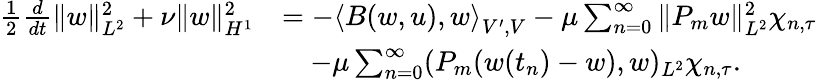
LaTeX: \begin{array}{rl}{\frac{1}{2}\frac{d}{dt}\| w\| _{L^{2}}^{2}+\nu\| w\| _{H^{1}}^{2}}&{=-\left<B(w,u),w\right>_{V^{\prime},V}-\mu\sum_{n=0}^{\infty}\| P_{m}w\| _{L^{2}}^{2}\chi_{n,\tau}}\\ &{\quad-\mu\sum_{n=0}^{\infty}(P_{m}(w(t_{n})-w),w)_{L^{2}}\chi_{n,\tau}.}\end{array}